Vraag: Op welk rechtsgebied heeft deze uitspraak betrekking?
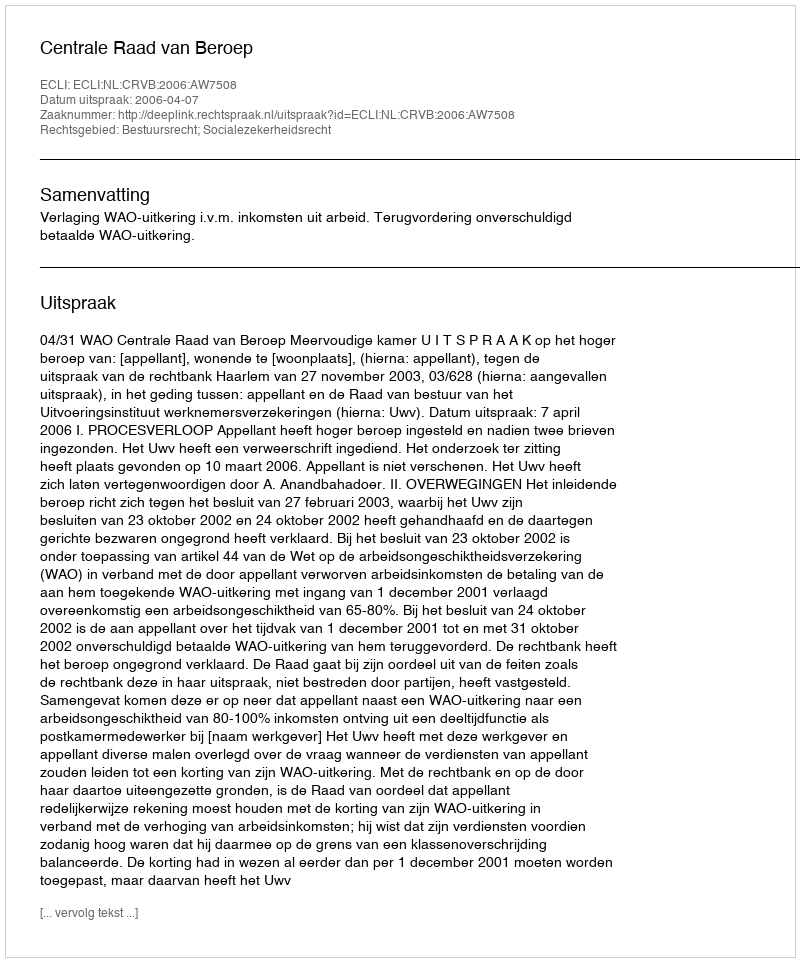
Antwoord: Bestuursrecht; Socialezekerheidsrecht